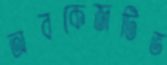
অবকেজটিভ